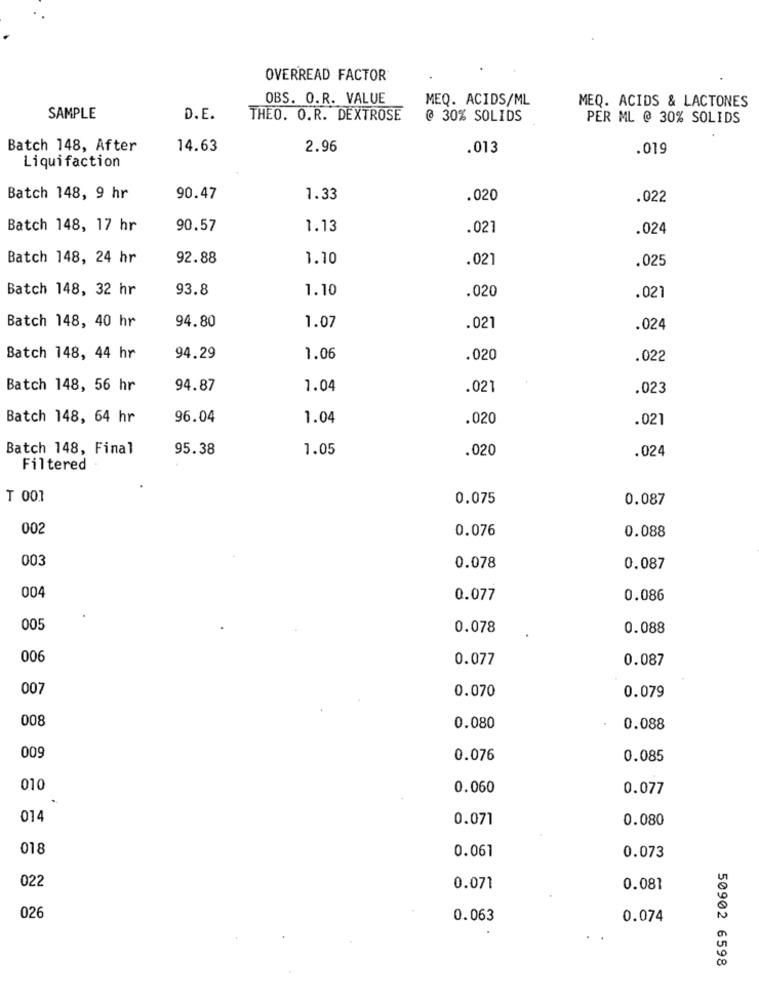
OVERREAD FACTOR
OBS. O.R. VALUE
MEQ. ACIDS/ML
MEQ. ACIDS & LACTONES
SAMPLE
D.E.
THEO. O.R. DEXTROSE
@ 30% SOLIDS
PER ML @ 30% SOLIDS
Batch 148, After
14.63
2.96
.013
.019
Liquifaction
Batch 148, 9 hr
90.47
1.33
.020
.022
Batch 148, 17 hr
90.57
1.13
.021
.024
Batch 148, 24 hr
92.88
1.10
.021
.025
Batch 148, 32 hr
93.8
1.10
.020
.021
94.80
Batch 148, 40 hr
1.07
.021
.024
Batch 148, 44 hr
94.29
1.06
.020
.022
Batch 148, 56 hr
94.87
1.04
.021
.023
Batch 148, 64 hr
96.04
1.04
.020
.021
Batch 148, Final
95.38
1.05
.020
.024
Filtered
T 001
0.075
0.087
002
0.076
0.088
003
0.078
0.087
004
0.077
0.086
005
0.078
0.088
006
0.077
0.087
007
0.070
0.079
008
0.080
0.088
009
0.076
0.085
010
0.060
0.077
014
0.071
0.080
018
0.061
0.073
022
0.071
0.081
02
0.063
0.074
50902 6598